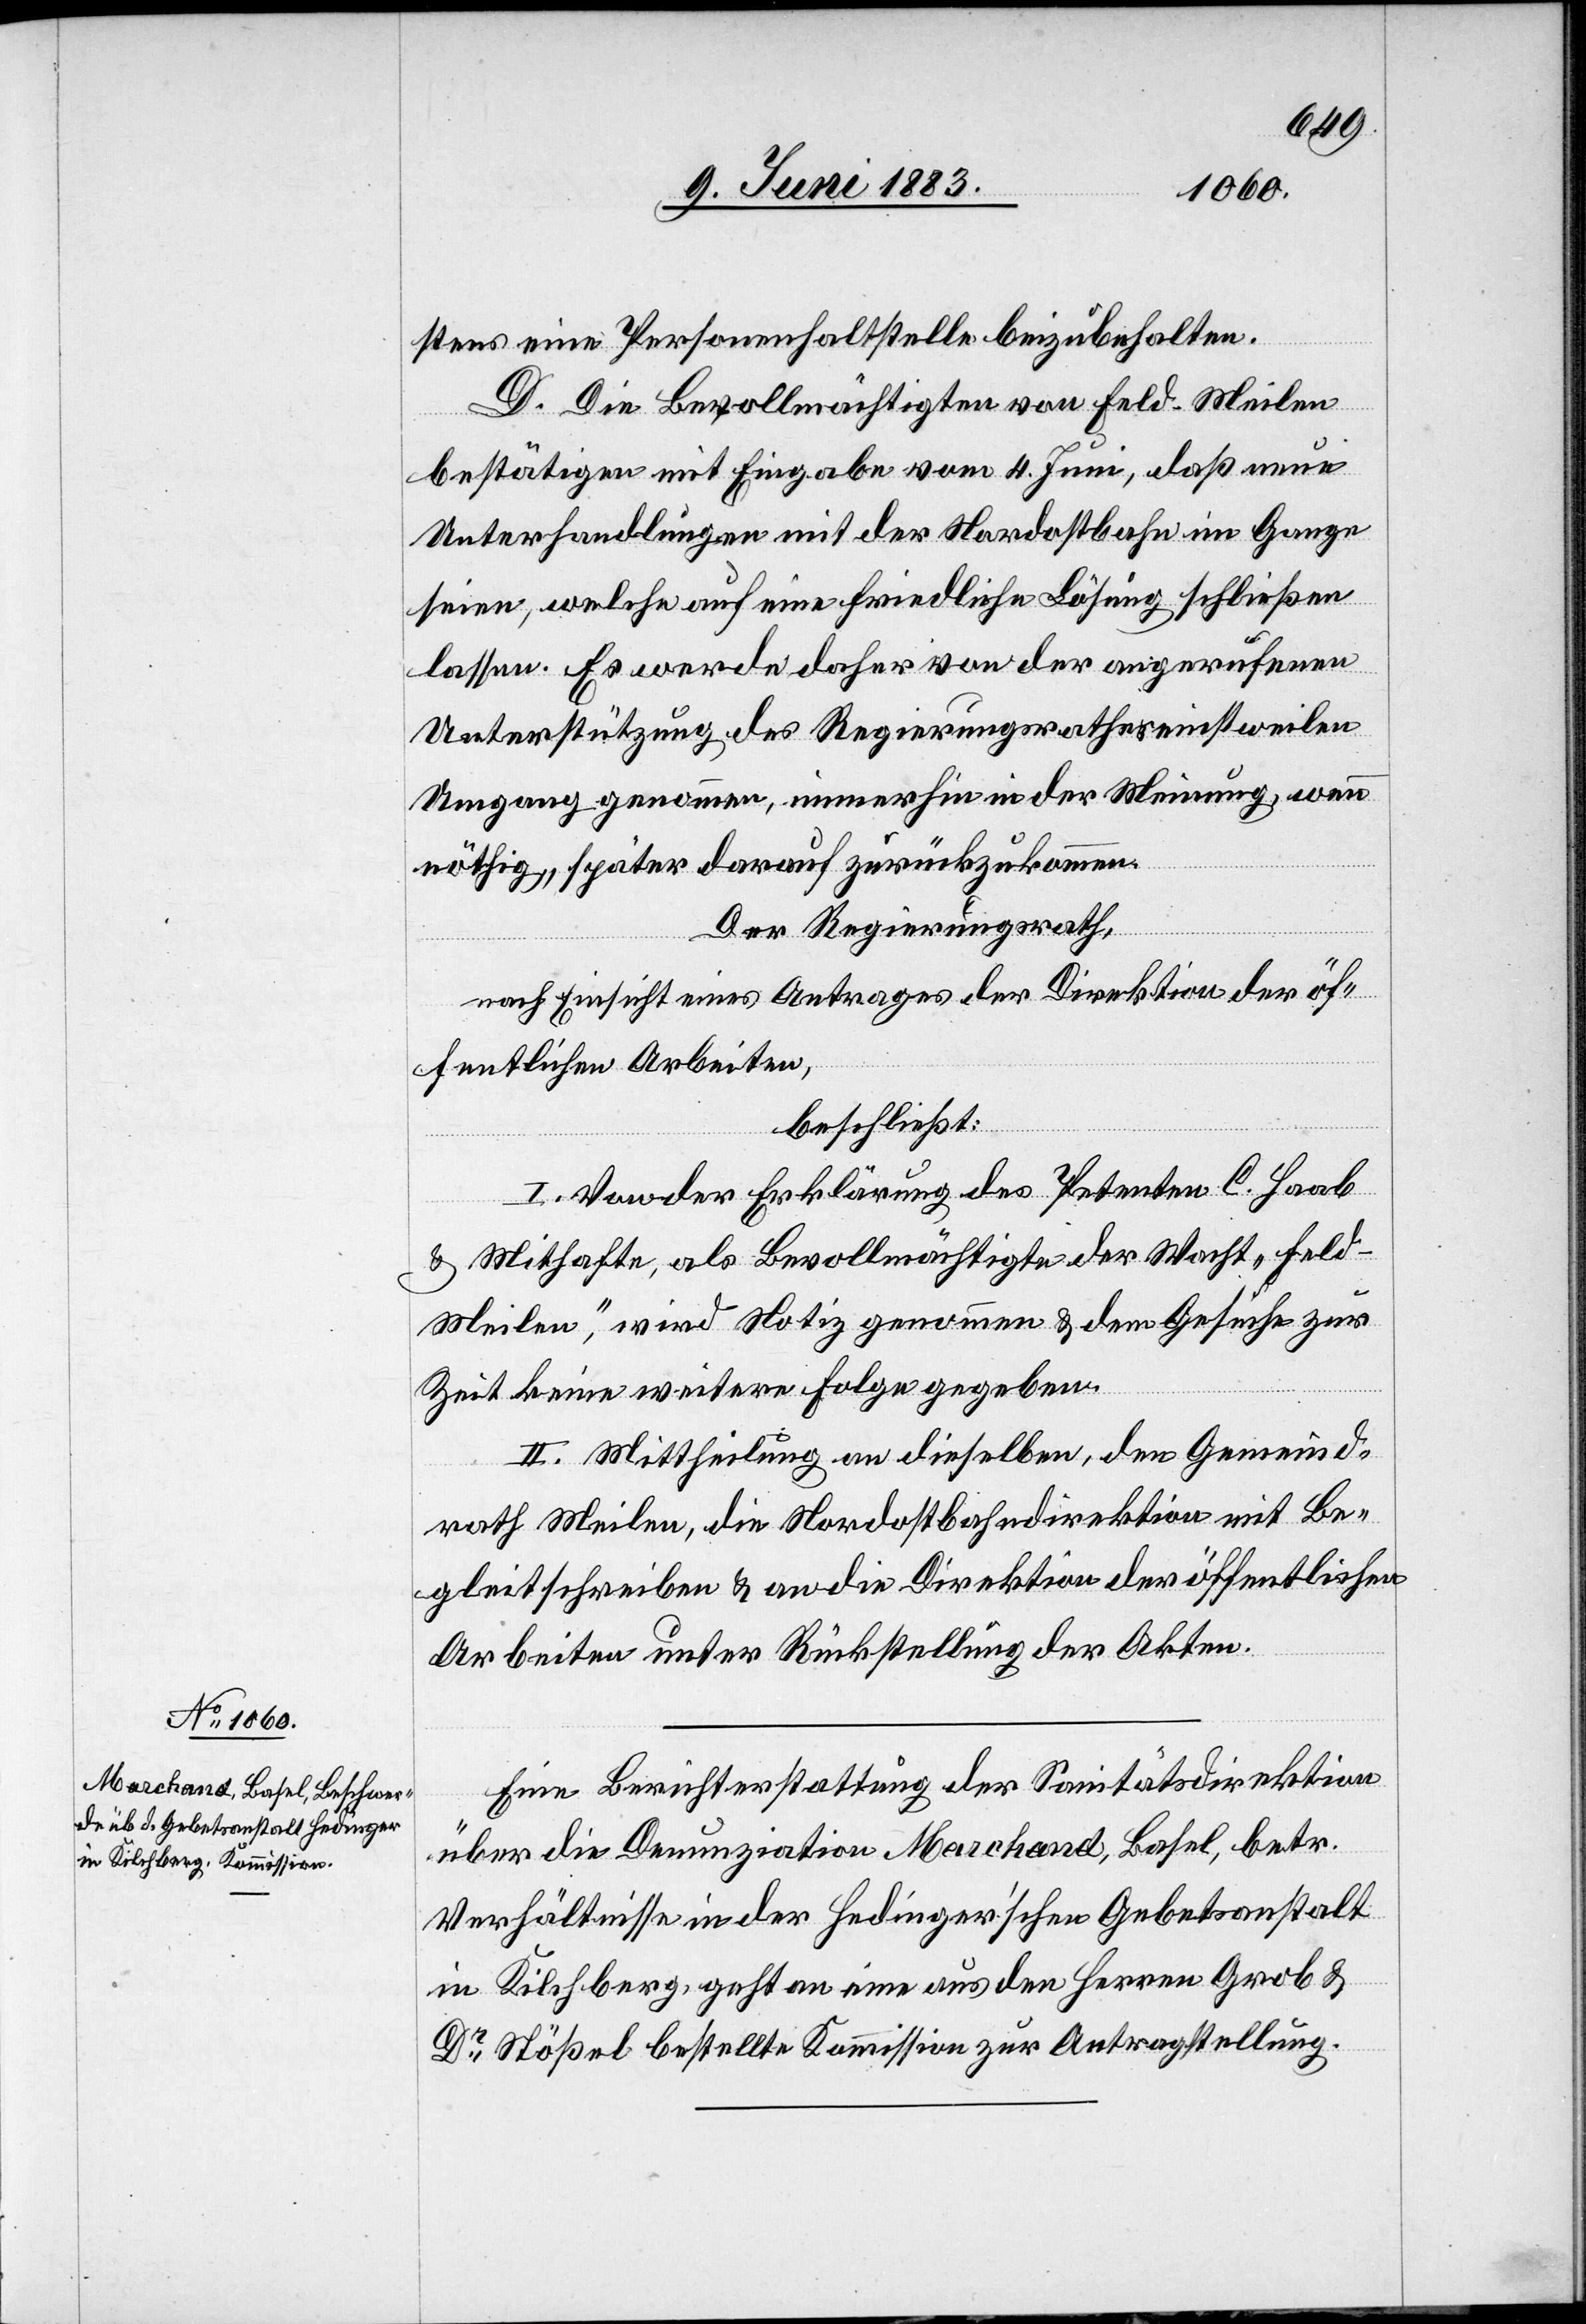
stens eine Personalhaltestelle beizubehalten.
D. Die Bevollmächtigten von Feld-Meilen
bestätigen mit Eingabe vom 4. Juni, daß neue
Unterhandlungen mit der Nordostbahn im Gange
seien, welche auf eine friedliche Lösung schließen
lassen. Es werde daher von der angerufenen
Unterstützung des Regierungsrathes einstweilen
Umgang genommen, immerhin in der Meinung, wenn
nöthig, später darauf zurückzukommen.
Der Regierungsrath,
nach Einsicht eines Antrages der Direktion der öf¬
fentlichen Arbeiten,
beschließt:
I. Von der Erklärung des Petenten C. Haab
& Mithafte, als Bevollmächtigte der Wacht „Feld-M¬
eilen“, wird Notiz genommen & dem Gesuche zur
Zeit keine weitere Folge gegeben.
II. Mittheilung an dieselben, den Gemeind¬
rath Meilen, die Nordostbahndirektion mit Be¬
gleitschreiben & an die Direktion der öffentlichen
Arbeiten unter Rückstellung der Akten.
Eine Berichterstattung der Sanitätsdirektion
über die Denunziation Marchand, Basel, betr.
Verhältnisse in der Hedinger’schen Gebetsanstalt
in Kilchberg, geht an eine aus den Herren Grob &
Dr Stößel bestellte Kommission zur Antragstellung.